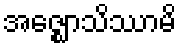
အဇ္ဈောသိဿာမိ